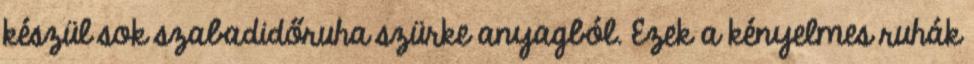
készül sok szabadidőruha szürke anyagból. Ezek a kényelmes ruhák